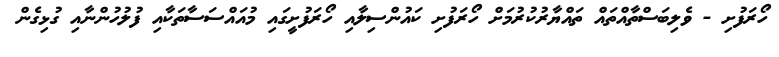
ހޯރަފުށި - ވެލިބަސްތާއްތައް ތައްޔާރުކުރުމަށް ހޯރަފުށި ކައުންސިލާއި ހޯރަފުށީގައި މުއައްސަސާތަކާއި ފުލުހުންނާއި ގުޅިގެން